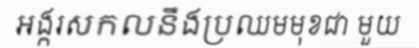
អង្ករសកលនឹងប្រឈមមុខជា មួយ